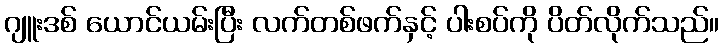
ဂျူးဒစ် ယောင်ယမ်းပြီး လက်တစ်ဖက်နှင့် ပါးစပ်ကို ပိတ်လိုက်သည်။